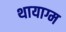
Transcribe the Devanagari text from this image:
थायाग्म